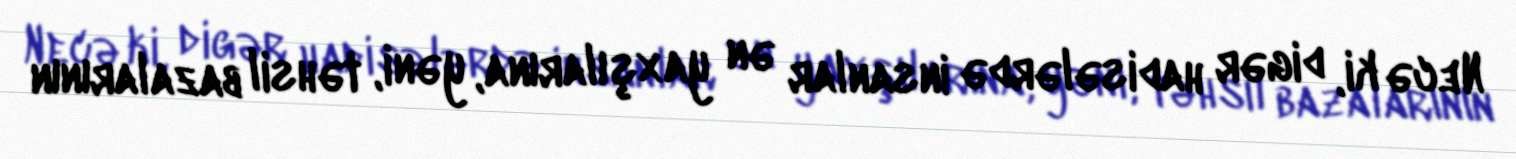
Necə ki, digər hadisələrdə insanlar ən yaxşılarına, yəni, təhsil bazalarının